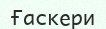
Ғаскери